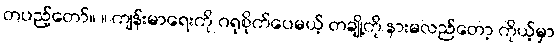
တပည့်တော်။ ။ ကျန်းမာရေးကို ဂရုစိုက်ပေမယ့် တချို့ကို နားမလည်တော့ ကိုယ့်မှာ